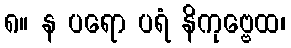
၈။ န ပရော ပရံ နိကုဗ္ဗေထ၊